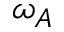
\omega _ { A }